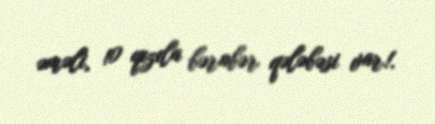
əməli, 10 qızıla bərabər qələbəsi var!.